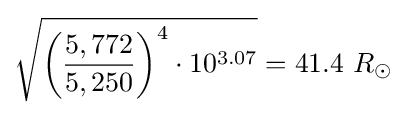
{\sqrt {{\biggl (}{\frac {5,772}{5,250}}{\biggr )}^{4}\cdot 10^{3.07}}}=41.4\ R_{\odot }